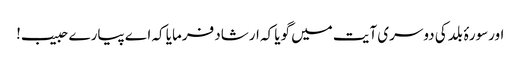
اورسورۂ بلد کی دوسری آیت میں گویا کہ ارشاد فرمایا کہ اے پیارے حبیب!